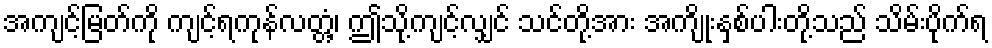
အကျင့်မြတ်ကို ကျင့်ရကုန်လတ္တံ့၊ ဤသို့ကျင့်လျှင် သင်တို့အား အကျိုးနှစ်ပါးတို့သည် သိမ်းပိုက်ရ